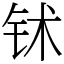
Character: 𬬸